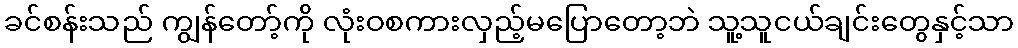
ခင်စန်းသည် ကျွန်တော့်ကို လုံးဝစကားလှည့်မပြောတော့ဘဲ သူ့သူငယ်ချင်းတွေနှင့်သာ